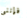
فإننى